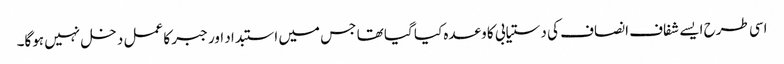
اسی طرح ایسے شفاف انصاف کی دستیابی کا وعدہ کیا گیا تھا جس میں استبداد اور جبر کا عمل دخل نہیں ہوگا۔